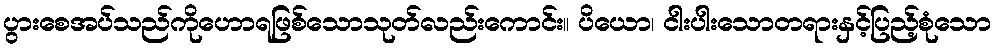
ပွားစေအပ်သည်ကိုဟောရဖြစ်သောသုတ်လည်းကောင်း။ ပိယော၊ ငါးပါးသောတရားနှင့်ပြည့်စုံသော